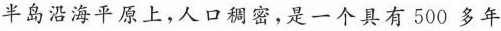
半岛沿海平原上，人口稠密，是一个具有500多年